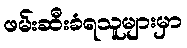
ဖမ်းဆီးခံရသူများမှာ